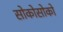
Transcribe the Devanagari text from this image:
सोकोसोको